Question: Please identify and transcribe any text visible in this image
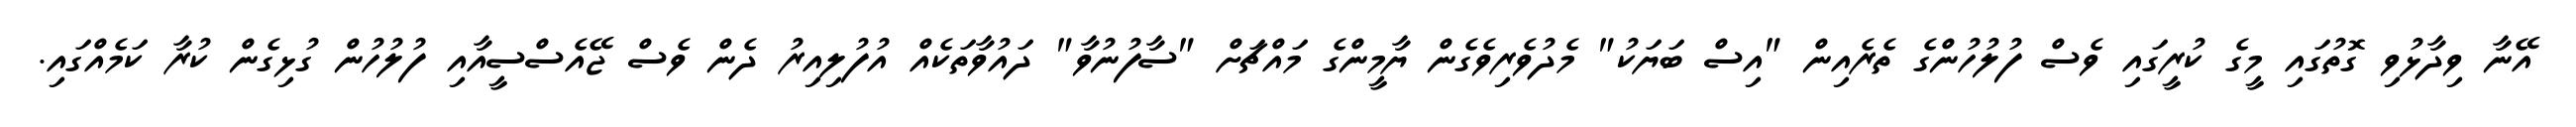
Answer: އޭނާ ވިދާޅުވި ގޮތުގައި މީގެ ކުރީގައި ވެސް ފުލުހުންގެ ތެރެއިން "އިސް ބަޔަކު" މެދުވެރިވެގެން ޔާމީންގެ މައްޗަށް "ސާފުނުވާ" ދައުވާތަކެއް އުފުލިއިރު ދެން ވެސް ޖޭއެސްސީއާއި ފުލުހުން ގުޅިގެން ކުރާ ކަމެއްގައި.